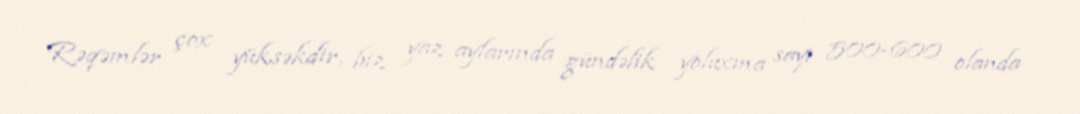
Rəqəmlər çox yüksəkdir, biz yaz aylarında gündəlik yoluxma sayı 500-600 olanda